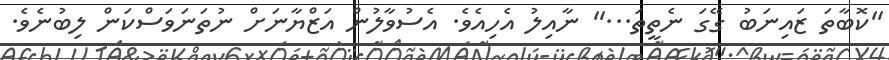
''ކޮބާތަ ޒައިނަބު ގޭގަ ނެތީތަ...'' ނާއިލު އެހިއެވެ. އެސުވާލުން އަޒްޔާނަށް ނުތަނަވަސްކަން ލިބުނެވެ.